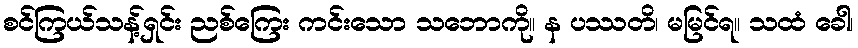
စင်ကြယ်သန့်ရှင်း ညစ်ကြေး ကင်းသော သဘောကို။ န ပဿတိ၊ မမြင်ရ။ သထံ ခေါ၊